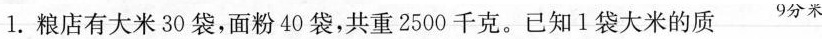
1.粮店有大米30袋，面粉40袋，共重2500千克。已知1袋大米的质9分米